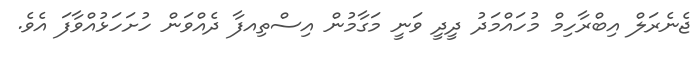
ޖެނެރަލް އިބްރާހިމް މުހައްމަދު ދީދީ ވަނީ މަގާމުން އިސްތިއފާ ދެއްވަން ހުށަހަޅުއްވާފަ އެވެ.